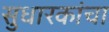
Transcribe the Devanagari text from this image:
सुधारकांचा